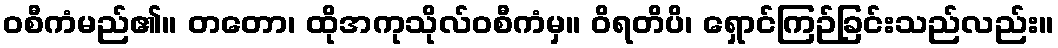
ဝစီကံမည်၏။ တတော၊ ထိုအကုသိုလ်ဝစီကံမှ။ ဝိရတိပိ၊ ရှောင်ကြဉ်ခြင်းသည်လည်း။